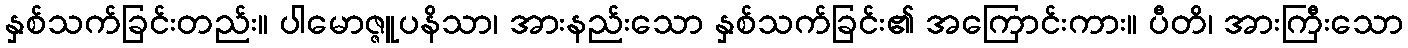
နှစ်သက်ခြင်းတည်း။ ပါမောဇ္ဇူပနိသာ၊ အားနည်းသော နှစ်သက်ခြင်း၏ အကြောင်းကား။ ပီတိ၊ အားကြီးသော